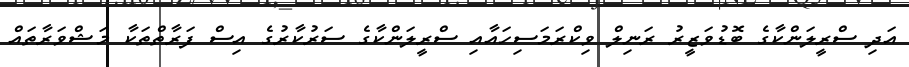
އަދި ސްރީލަންކާގެ ބޮޑުވަޒީރު ރަނިލް ވިކްރަމަސިހައާއި ސްރީލަންކާގެ ސަރުކާރުގެ އިސް ފަރާތްތަކާ މަޝްވަރާތައް